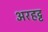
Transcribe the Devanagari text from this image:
अरहट्ट